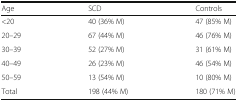
| Age | SCD | Controls |
 | --- | --- | --- |
 | <20 | 40 (36% M) | 47 (85% M) |
 | 20–29 | 67 (44% M) | 46 (76% M) |
 | 30–39 | 52 (27% M) | 31 (61% M) |
 | 40–49 | 26 (23% M) | 46 (54% M) |
 | 50–59 | 13 (54% M) | 10 (80% M) |
 | Total | 198 (44% M) | 180 (71% M) |